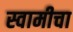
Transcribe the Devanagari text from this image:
स्वामीचा